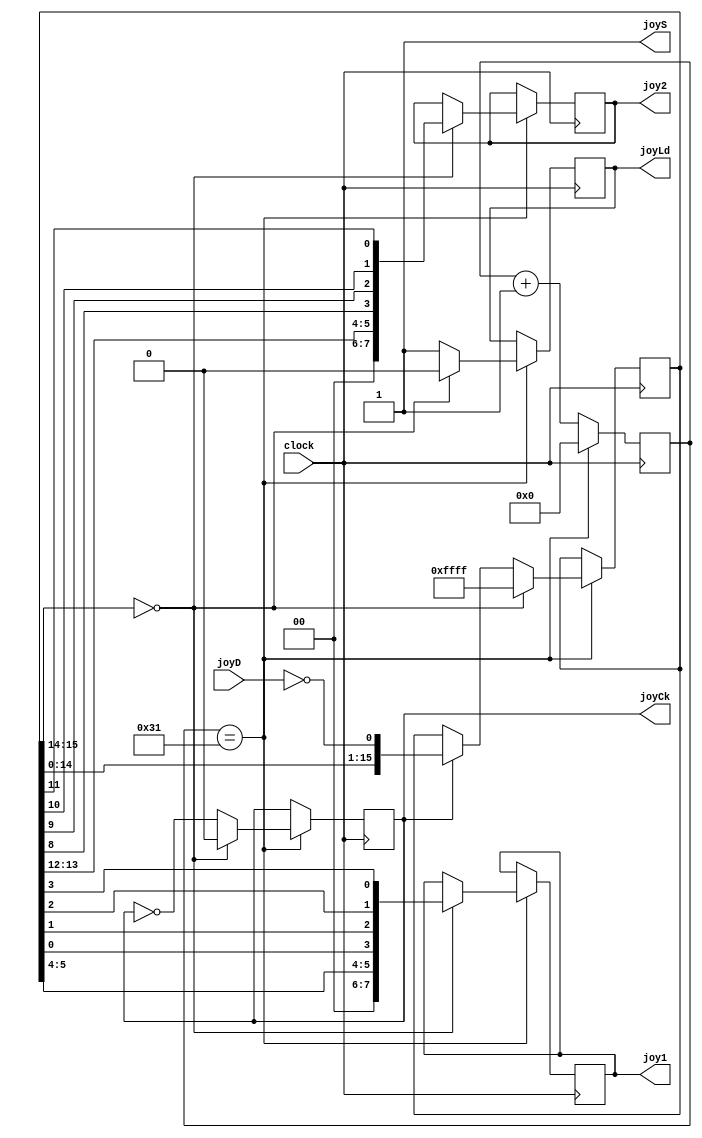
//-------------------------------------------------------------------------------------------------
//  Joystick deserializer
//-------------------------------------------------------------------------------------------------
//  This file is part of the Elan Enterprise FPGA implementation project.
//  Copyright (C) 2023 Kyp069 <kyp069@gmail.com>
//
//  This program is free software; you can redistribute it and/or modify it under the terms 
//  of the GNU General Public License as published by the Free Software Foundation;
//  either version 3 of the License, or (at your option) any later version.
//
//  This program is distributed in the hope that it will be useful, but WITHOUT ANY WARRANTY;
//  without even the implied warranty of MERCHANTABILITY or FITNESS FOR A PARTICULAR PURPOSE.
//  See the GNU General Public License for more details.
//
//  You should have received a copy of the GNU General Public License along with this program;
//  if not, If not, see <https://www.gnu.org/licenses/>.
//-------------------------------------------------------------------------------------------------
module joystick
//-------------------------------------------------------------------------------------------------
(
	input  wire       clock,

	output reg        joyCk,
	output reg        joyLd,
//	input  wire       joyS,
	output wire       joyS,
	input  wire       joyD,

	output reg [ 7:0] joy1,
	output reg [ 7:0] joy2
);
//-------------------------------------------------------------------------------------------------

reg[5:0] cc;
wire ce = cc == 49;
always @(posedge clock) if(ce) cc <= 1'd0; else cc <= cc+1'd1;

//-------------------------------------------------------------------------------------------------

initial joy1 = 8'h00;
initial joy2 = 8'h00;
initial joyCk = 1'b0;

reg[15:0] joyQ = 16'hFFFF;

always @(posedge clock) if(ce)
	if(joyS)
		if(joyQ[15:14] == 2'b00) begin
			joyCk <= 1'b0;
			joyLd <= 1'b0;
			joyQ <= 16'hFFFF;
			joy1 <= { 2'b00, joyQ[ 5], joyQ[ 4], joyQ[0], joyQ[1], joyQ[ 2], joyQ[ 3] };
			joy2 <= { 2'b00, joyQ[13], joyQ[12], joyQ[8], joyQ[9], joyQ[10], joyQ[11] };
		end
		else begin
			joyCk <= ~joyCk;
			if(!joyLd) joyLd <= 1'b1;
			if(joyCk) joyQ <= { joyQ[14:0], ~joyD };
		end

//-------------------------------------------------------------------------------------------------

assign joyS = 1'b1;

//-------------------------------------------------------------------------------------------------
endmodule
//-------------------------------------------------------------------------------------------------